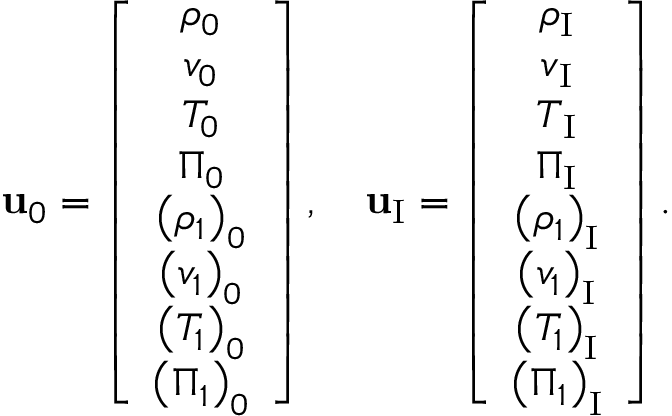
\mathbf { u } _ { 0 } = \left[ \begin{array} { c } { \rho _ { 0 } } \\ { v _ { 0 } } \\ { T _ { 0 } } \\ { \Pi _ { 0 } } \\ { \left( \rho _ { 1 } \right) _ { 0 } } \\ { \left( v _ { 1 } \right) _ { 0 } } \\ { \left( T _ { 1 } \right) _ { 0 } } \\ { \left( \Pi _ { 1 } \right) _ { 0 } } \end{array} \right] , \quad \mathbf { u } _ { \mathrm { I } } = \left[ \begin{array} { c } { \rho _ { \mathrm { I } } } \\ { v _ { \mathrm { I } } } \\ { T _ { \mathrm { I } } } \\ { \Pi _ { \mathrm { I } } } \\ { \left( \rho _ { 1 } \right) _ { \mathrm { I } } } \\ { \left( v _ { 1 } \right) _ { \mathrm { I } } } \\ { \left( T _ { 1 } \right) _ { \mathrm { I } } } \\ { \left( \Pi _ { 1 } \right) _ { \mathrm { I } } } \end{array} \right] .